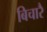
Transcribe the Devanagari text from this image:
बिचारै